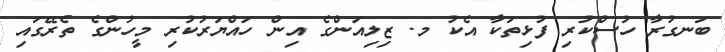
ބަނގުރާ ހުސްކުރި ފުޅިތަކާ އެކު މ. ޒިލިއަންގެ އިން ހައްޔަރުކުރި މީހުންގެ ތެރޭގައި